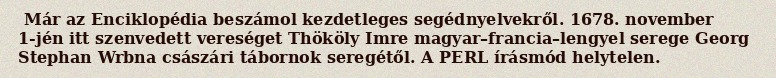
Már az Enciklopédia beszámol kezdetleges segédnyelvekről. 1678. november 1-jén itt szenvedett vereséget Thököly Imre magyar–francia–lengyel serege Georg Stephan Wrbna császári tábornok seregétől. A PERL írásmód helytelen.